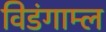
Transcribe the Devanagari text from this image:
विडंगाम्ल